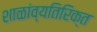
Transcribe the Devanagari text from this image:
शाळांव्यतिरिक्त